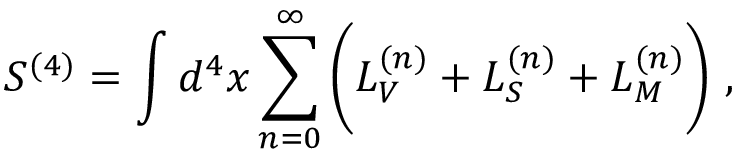
S ^ { ( 4 ) } = \int d ^ { 4 } x \sum _ { n = 0 } ^ { \infty } \bigg ( { \cal L } _ { V } ^ { ( n ) } + { \cal L } _ { S } ^ { ( n ) } + { \cal L } _ { M } ^ { ( n ) } \bigg ) ~ ,